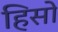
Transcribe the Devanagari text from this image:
हिसो